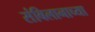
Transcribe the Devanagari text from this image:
संबिलानाच्या